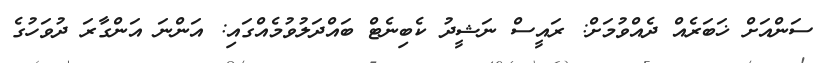
ސަންއަށް ޚަބަރެއް ދެއްވުމަށް: ރައީސް ނަޝީދު ކެބިނެޓް ބައްދަލުވުމެއްގައި: އަންނަ އަންގާރަ ދުވަހުގެ